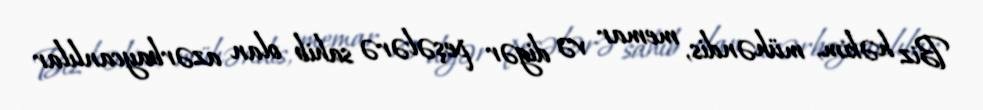
Biz həkim, mühəndis, memar və digər peşələrə sahib olan azərbaycanlılar